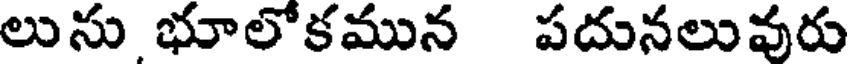
లును భూలోకమున పదునలువురు